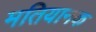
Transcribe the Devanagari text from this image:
मतियानक